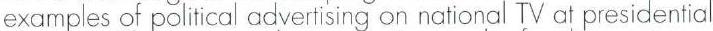
examples of political advertising on national V at presidential